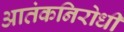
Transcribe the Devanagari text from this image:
आतंकनिरोधी